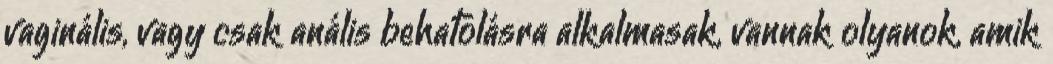
vaginális, vagy csak anális behatolásra alkalmasak, vannak olyanok, amik